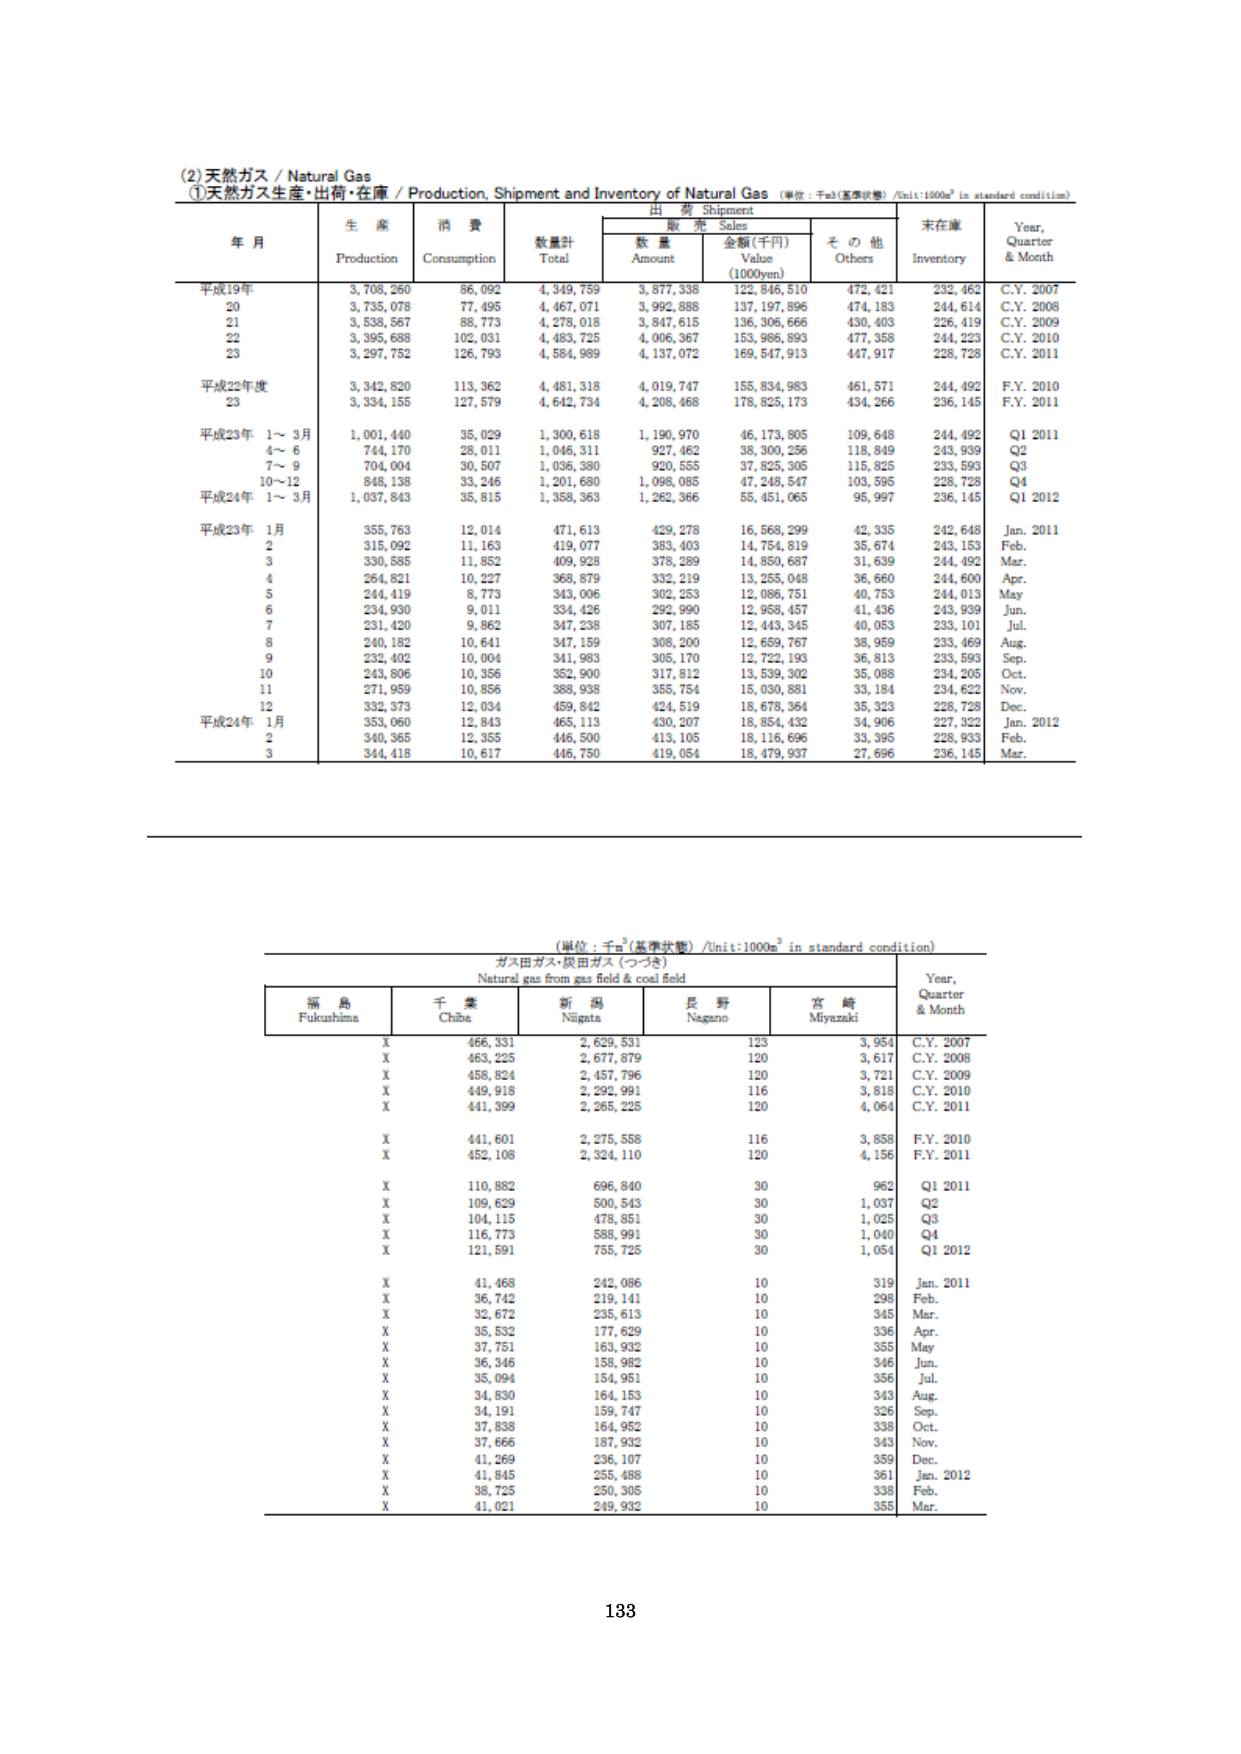
(2)天然ガス / Natural Gas
①天然ガス生産・出荷・在庫 / Production, Shipment and Inventory of Natural Gas （単位：千m³(基準状態) /Unit:1000m³ in standard condition）

年月
生産
消費
出荷 Shipment
その他
末在庫
Year, Quarter & Month

Production
Consumption
数量計 Total
数量 Amount
金額(千円) Value (1000yen)
Others
Inventory

平成19年
3,708,260
86,092
4,349,759
3,877,338
122,846,510
472,421
232,462
C.Y. 2007

20
3,735,078
77,495
4,467,071
3,992,888
137,197,896
474,183
244,614
C.Y. 2008

21
3,538,567
88,773
4,278,018
3,847,615
136,306,666
430,403
226,419
C.Y. 2009

22
3,395,688
102,031
4,483,725
4,006,367
153,986,893
477,358
244,223
C.Y. 2010

23
3,297,752
126,793
4,584,989
4,137,072
169,547,913
447,917
228,728
C.Y. 2011

平成22年度
3,342,820
113,362
4,481,318
4,019,747
155,834,983
461,571
244,492
F.Y. 2010

23
3,334,155
127,579
4,642,734
4,208,468
178,825,173
434,266
236,145
F.Y. 2011

平成23年 1～3月
1,001,440
35,029
1,300,618
1,190,970
46,173,805
109,648
244,492
Q1 2011

4～6
744,170
28,011
1,046,311
927,462
38,300,256
118,849
243,939
Q2

7～9
704,004
30,507
1,036,380
920,555
37,825,305
115,825
233,593
Q3

10～12
848,138
33,246
1,201,680
1,096,085
47,248,547
103,595
228,728
Q4

平成24年 1～3月
1,037,843
35,815
1,358,363
1,262,366
55,451,065
95,997
236,145
Q1 2012

平成23年 1月
355,763
12,014
471,613
429,278
16,568,299
42,335
242,648
Jan. 2011

2
315,092
11,163
419,077
383,403
14,754,819
35,674
243,153
Feb.

3
330,585
11,852
409,928
378,289
14,850,657
31,639
244,492
Mar.

4
264,821
10,227
368,879
332,219
13,255,048
36,660
244,600
Apr.

5
244,419
8,773
343,006
302,253
12,086,751
40,753
244,013
May

6
234,930
9,011
334,426
292,990
12,958,457
41,436
243,939
Jun.

7
231,420
9,862
347,238
307,185
12,443,345
40,053
233,101
Jul.

8
240,182
10,641
347,159
308,200
12,659,767
38,959
233,469
Aug.

9
232,402
10,004
341,983
305,170
12,722,193
36,813
233,593
Sep.

10
243,806
10,356
352,900
317,812
13,539,302
35,088
234,205
Oct.

11
271,959
10,856
388,938
355,754
15,030,881
33,184
234,622
Nov.

12
332,373
12,034
459,842
424,519
18,678,364
35,323
228,728
Dec.

平成24年 1月
353,060
12,843
465,113
430,207
18,854,432
34,906
227,322
Jan. 2012

2
340,365
12,355
446,500
413,105
18,116,696
33,395
228,933
Feb.

3
344,418
10,617
446,750
419,054
18,479,937
27,696
236,145
Mar.

（単位：千m³(基準状態) /Unit:1000m³ in standard condition）
ガス田ガス・炭田ガス（つづき）
Natural gas from gas field & coal field

福島
千葉
新潟
長野
宮崎
Year, Quarter & Month

Fukushima
Chiba
Niigata
Nagano
Miyazaki

X
466,331
2,629,531
123
3,954
C.Y. 2007

X
463,225
2,677,879
120
3,617
C.Y. 2008

X
458,824
2,457,796
120
3,721
C.Y. 2009

X
449,918
2,292,991
116
3,818
C.Y. 2010

X
441,399
2,265,225
120
4,064
C.Y. 2011

X
441,601
2,275,558
116
3,858
F.Y. 2010

X
452,108
2,324,110
120
4,156
F.Y. 2011

X
110,882
696,840
30
962
Q1 2011

X
109,629
500,543
30
1,037
Q2

X
104,115
478,851
30
1,025
Q3

X
116,773
588,991
30
1,040
Q4

X
121,591
755,725
30
1,054
Q1 2012

X
41,468
242,086
10
319
Jan. 2011

X
36,742
219,141
10
298
Feb.

X
32,672
235,613
10
345
Mar.

X
35,532
177,629
10
336
Apr.

X
37,751
163,932
10
355
May

X
36,346
158,982
10
346
Jun.

X
35,094
154,951
10
356
Jul.

X
34,830
164,153
10
343
Aug.

X
34,191
159,747
10
326
Sep.

X
37,838
164,952
10
338
Oct.

X
37,666
187,932
10
343
Nov.

X
41,269
236,107
10
359
Dec.

X
41,845
255,488
10
361
Jan. 2012

X
38,725
250,305
10
338
Feb.

X
41,021
249,932
10
355
Mar.

133